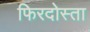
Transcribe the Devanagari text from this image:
फिरदोस्ता